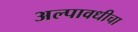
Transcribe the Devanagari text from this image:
अल्पावधीचा